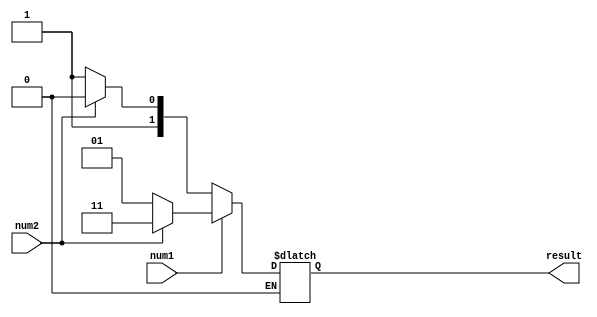
`timescale 1ns / 1ps
//////////////////////////////////////////////////////////////////////////////////
// Company: 
// Engineer: 
// 
// Design Name: 
// Module Name: comparator
// Project Name: 
// Target Devices: 
// Tool Versions: 
// Description: 
// 
// Dependencies: 
// 
// Revision:
// Revision 0.01 - File Created
// Additional Comments:
// 
//////////////////////////////////////////////////////////////////////////////////


module comparator(num1,num2,result);
    input  num1, num2;
    output [1:0]result;//when num1 greater than num2, result == {1,0}
    reg [1:0]result;
    
    initial 
        begin
//            num1=0;
//            num2=0;
            result = 2'b00;
        end
    
    always@(num1,num2)
    begin
    if(num1==1)
        begin
            if(num2==0)
                begin
                    result = 2'b01;
                end
            else if(num2==1)
                begin
                    result = 2'b11;
                end
         end
         
    if(num1==0)
        begin
            if(num2==0)
                begin
                    result = 2'b11;
                end
            else
                begin
                    result = 2'b10;
                end
        end
    end
endmodule